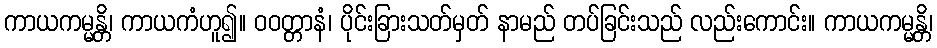
ကာယကမ္မန္တိ၊ ကာယကံဟူ၍။ ဝဝတ္တာနံ၊ ပိုင်းခြားသတ်မှတ် နာမည် တပ်ခြင်းသည် လည်းကောင်း။ ကာယကမ္မန္တိ၊